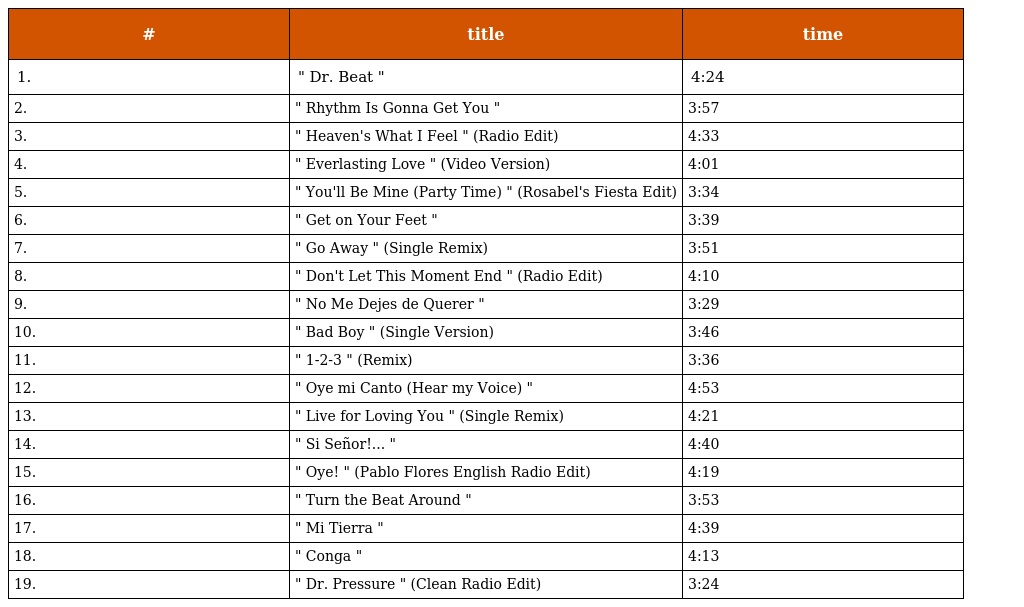
| # | title | time |
 | --- | --- | --- |
 | 1. | " Dr. Beat " | 4:24 |
 | 2. | " Rhythm Is Gonna Get You " | 3:57 |
 | 3. | " Heaven's What I Feel " (Radio Edit) | 4:33 |
 | 4. | " Everlasting Love " (Video Version) | 4:01 |
 | 5. | " You'll Be Mine (Party Time) " (Rosabel's Fiesta Edit) | 3:34 |
 | 6. | " Get on Your Feet " | 3:39 |
 | 7. | " Go Away " (Single Remix) | 3:51 |
 | 8. | " Don't Let This Moment End " (Radio Edit) | 4:10 |
 | 9. | " No Me Dejes de Querer " | 3:29 |
 | 10. | " Bad Boy " (Single Version) | 3:46 |
 | 11. | " 1-2-3 " (Remix) | 3:36 |
 | 12. | " Oye mi Canto (Hear my Voice) " | 4:53 |
 | 13. | " Live for Loving You " (Single Remix) | 4:21 |
 | 14. | " Si Señor!... " | 4:40 |
 | 15. | " Oye! " (Pablo Flores English Radio Edit) | 4:19 |
 | 16. | " Turn the Beat Around " | 3:53 |
 | 17. | " Mi Tierra " | 4:39 |
 | 18. | " Conga " | 4:13 |
 | 19. | " Dr. Pressure " (Clean Radio Edit) | 3:24 |